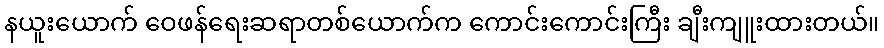
နယူးယောက် ဝေဖန်ရေးဆရာတစ်ယောက်က ကောင်းကောင်းကြီး ချီးကျူးထားတယ်။